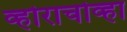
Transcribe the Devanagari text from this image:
व्होराचोव्हा